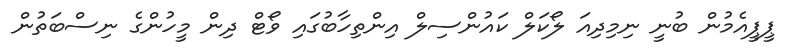
ޕީޕީއެމުން ބުނީ ނިމިދިއަ ލޯކަލް ކައުންސިލް އިންތިހާބުގައި ވޯޓް ދިން މީހުންގެ ނިސްބަތުން